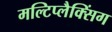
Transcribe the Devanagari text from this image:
मल्टिप्लैक्सिंग